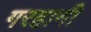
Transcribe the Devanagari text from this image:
गरहानी